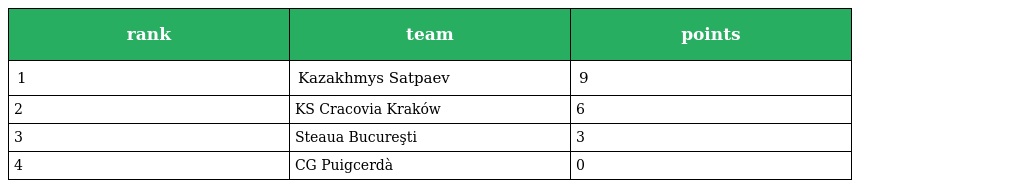
| rank | team | points |
 | --- | --- | --- |
 | 1 | Kazakhmys Satpaev | 9 |
 | 2 | KS Cracovia Kraków | 6 |
 | 3 | Steaua Bucureşti | 3 |
 | 4 | CG Puigcerdà | 0 |